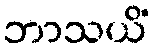
ဘာသယိံ